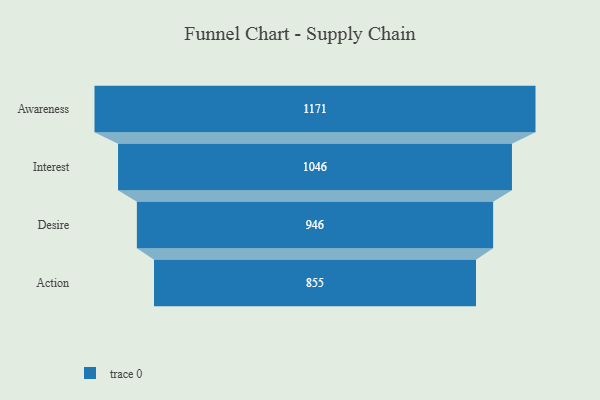
{"axis": {"x": "Stage", "y": "Value"}, "legend": [""], "data": [{"x": "Awareness", "y": 1171.0, "type": ""}, {"x": "Interest", "y": 1046.0, "type": ""}, {"x": "Desire", "y": 946.0, "type": ""}, {"x": "Action", "y": 855.0, "type": ""}]}